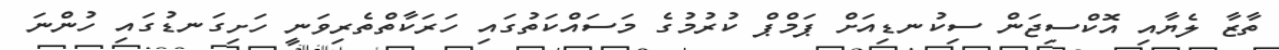
ތާޒާ ލެޔާއި އޮކްސިޖަން ސިކުނޑިއަށް ޕަމްްޕް ކުރުމުގެ މަސައްކަތުގައި ހަރަކާތްތެރިވަނީ ހަށިގަނޑުގައި ހުންނަ